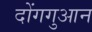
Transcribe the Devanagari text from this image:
दोंगगुआन